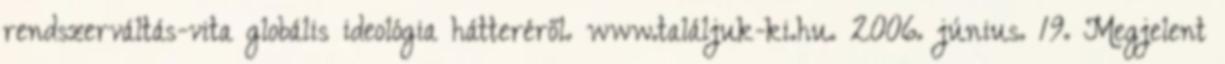
rendszerváltás-vita globális ideológia hátteréről. www.találjuk-ki.hu. 2006. június. 19. Megjelent